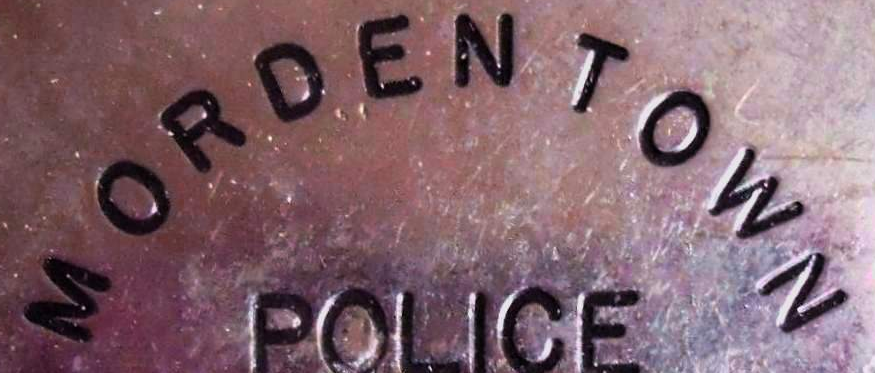
MORDEN TOWN